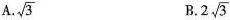
A. \sqrt{3} B.2\sqrt{3}